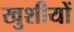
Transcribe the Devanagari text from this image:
खुशीयों